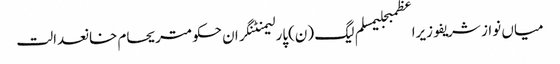
میاں نواز شریفوزیراعظمبجلیمسلم لیگ (ن)پارلیمنٹنگران حکومتریحام خانعدالت